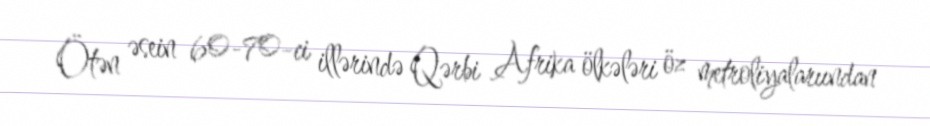
Ötən əsein 60-70-ci illərində Qərbi Afrika ölkələri öz metroliyalarıından